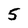
Character: 5